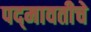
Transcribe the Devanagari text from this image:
पद्‍मावतीचे